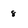
Character: 8